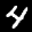
Label: 4